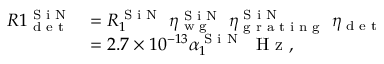
\begin{array} { r l } { R 1 _ { \textrm { d e t } } ^ { \textrm { S i N } } } & { = R _ { 1 } ^ { \textrm { S i N } } \ \eta _ { \textrm { w g } } ^ { \textrm { S i N } } \ \eta _ { \textrm { g r a t i n g } } ^ { \textrm { S i N } } \ \eta _ { \textrm { d e t } } } \\ & { = 2 . 7 \times 1 0 ^ { - 1 3 } \alpha _ { 1 } ^ { \textrm { S i N } } \ \textrm { H z } , } \end{array}